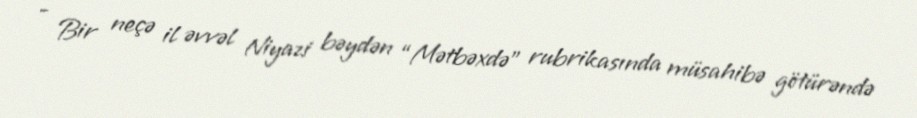
- Bir neçə il əvvəl Niyazi bəydən “Mətbəxdə” rubrikasında müsahibə götürəndə